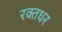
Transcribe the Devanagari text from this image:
रक्तधर